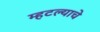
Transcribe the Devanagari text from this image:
म्हटल्याचे